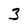
Character: 3